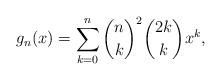
LaTeX: \begin{align*}g_n(x)=\sum_{k=0}^n{n\choose k}^2{2k\choose k}x^k,\end{align*}